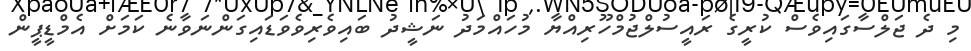
މި ދެ ޖަލްސާގައިވެސް ކުރީގެ ރައީސުލްޖުމްހޫރިއްޔާ މުހައްމަދު ނަޝީދު ބައިވެރިވެވަޑައިގަންނަވާނެ ކަމަށް އެމްޑީޕީން